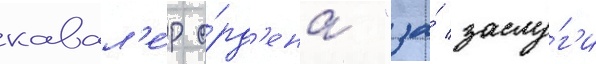
кавал'е́р о́рд'ена "за́ заслу́г'и